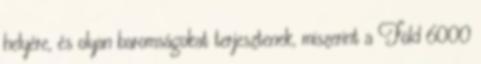
helyére, és olyan baromságokat terjesztenek, miszerint a Föld 6000